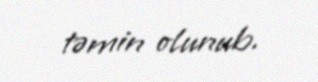
təmin olunub.